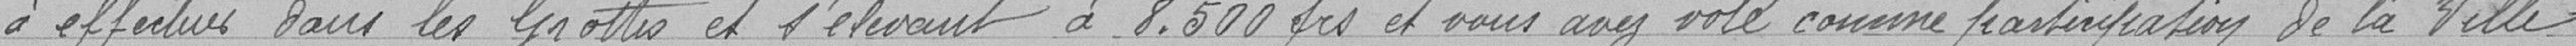
à effectuer dans les Grottes et s'élevant à 8.500 francs et vous avez voté comme participation de la Ville